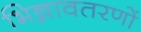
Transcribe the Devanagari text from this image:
भिन्नावतरणों